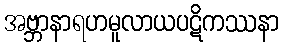
အဗ္ဘာနာရဟမူလာယပဋိကဿနာ